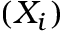
( X _ { i } )